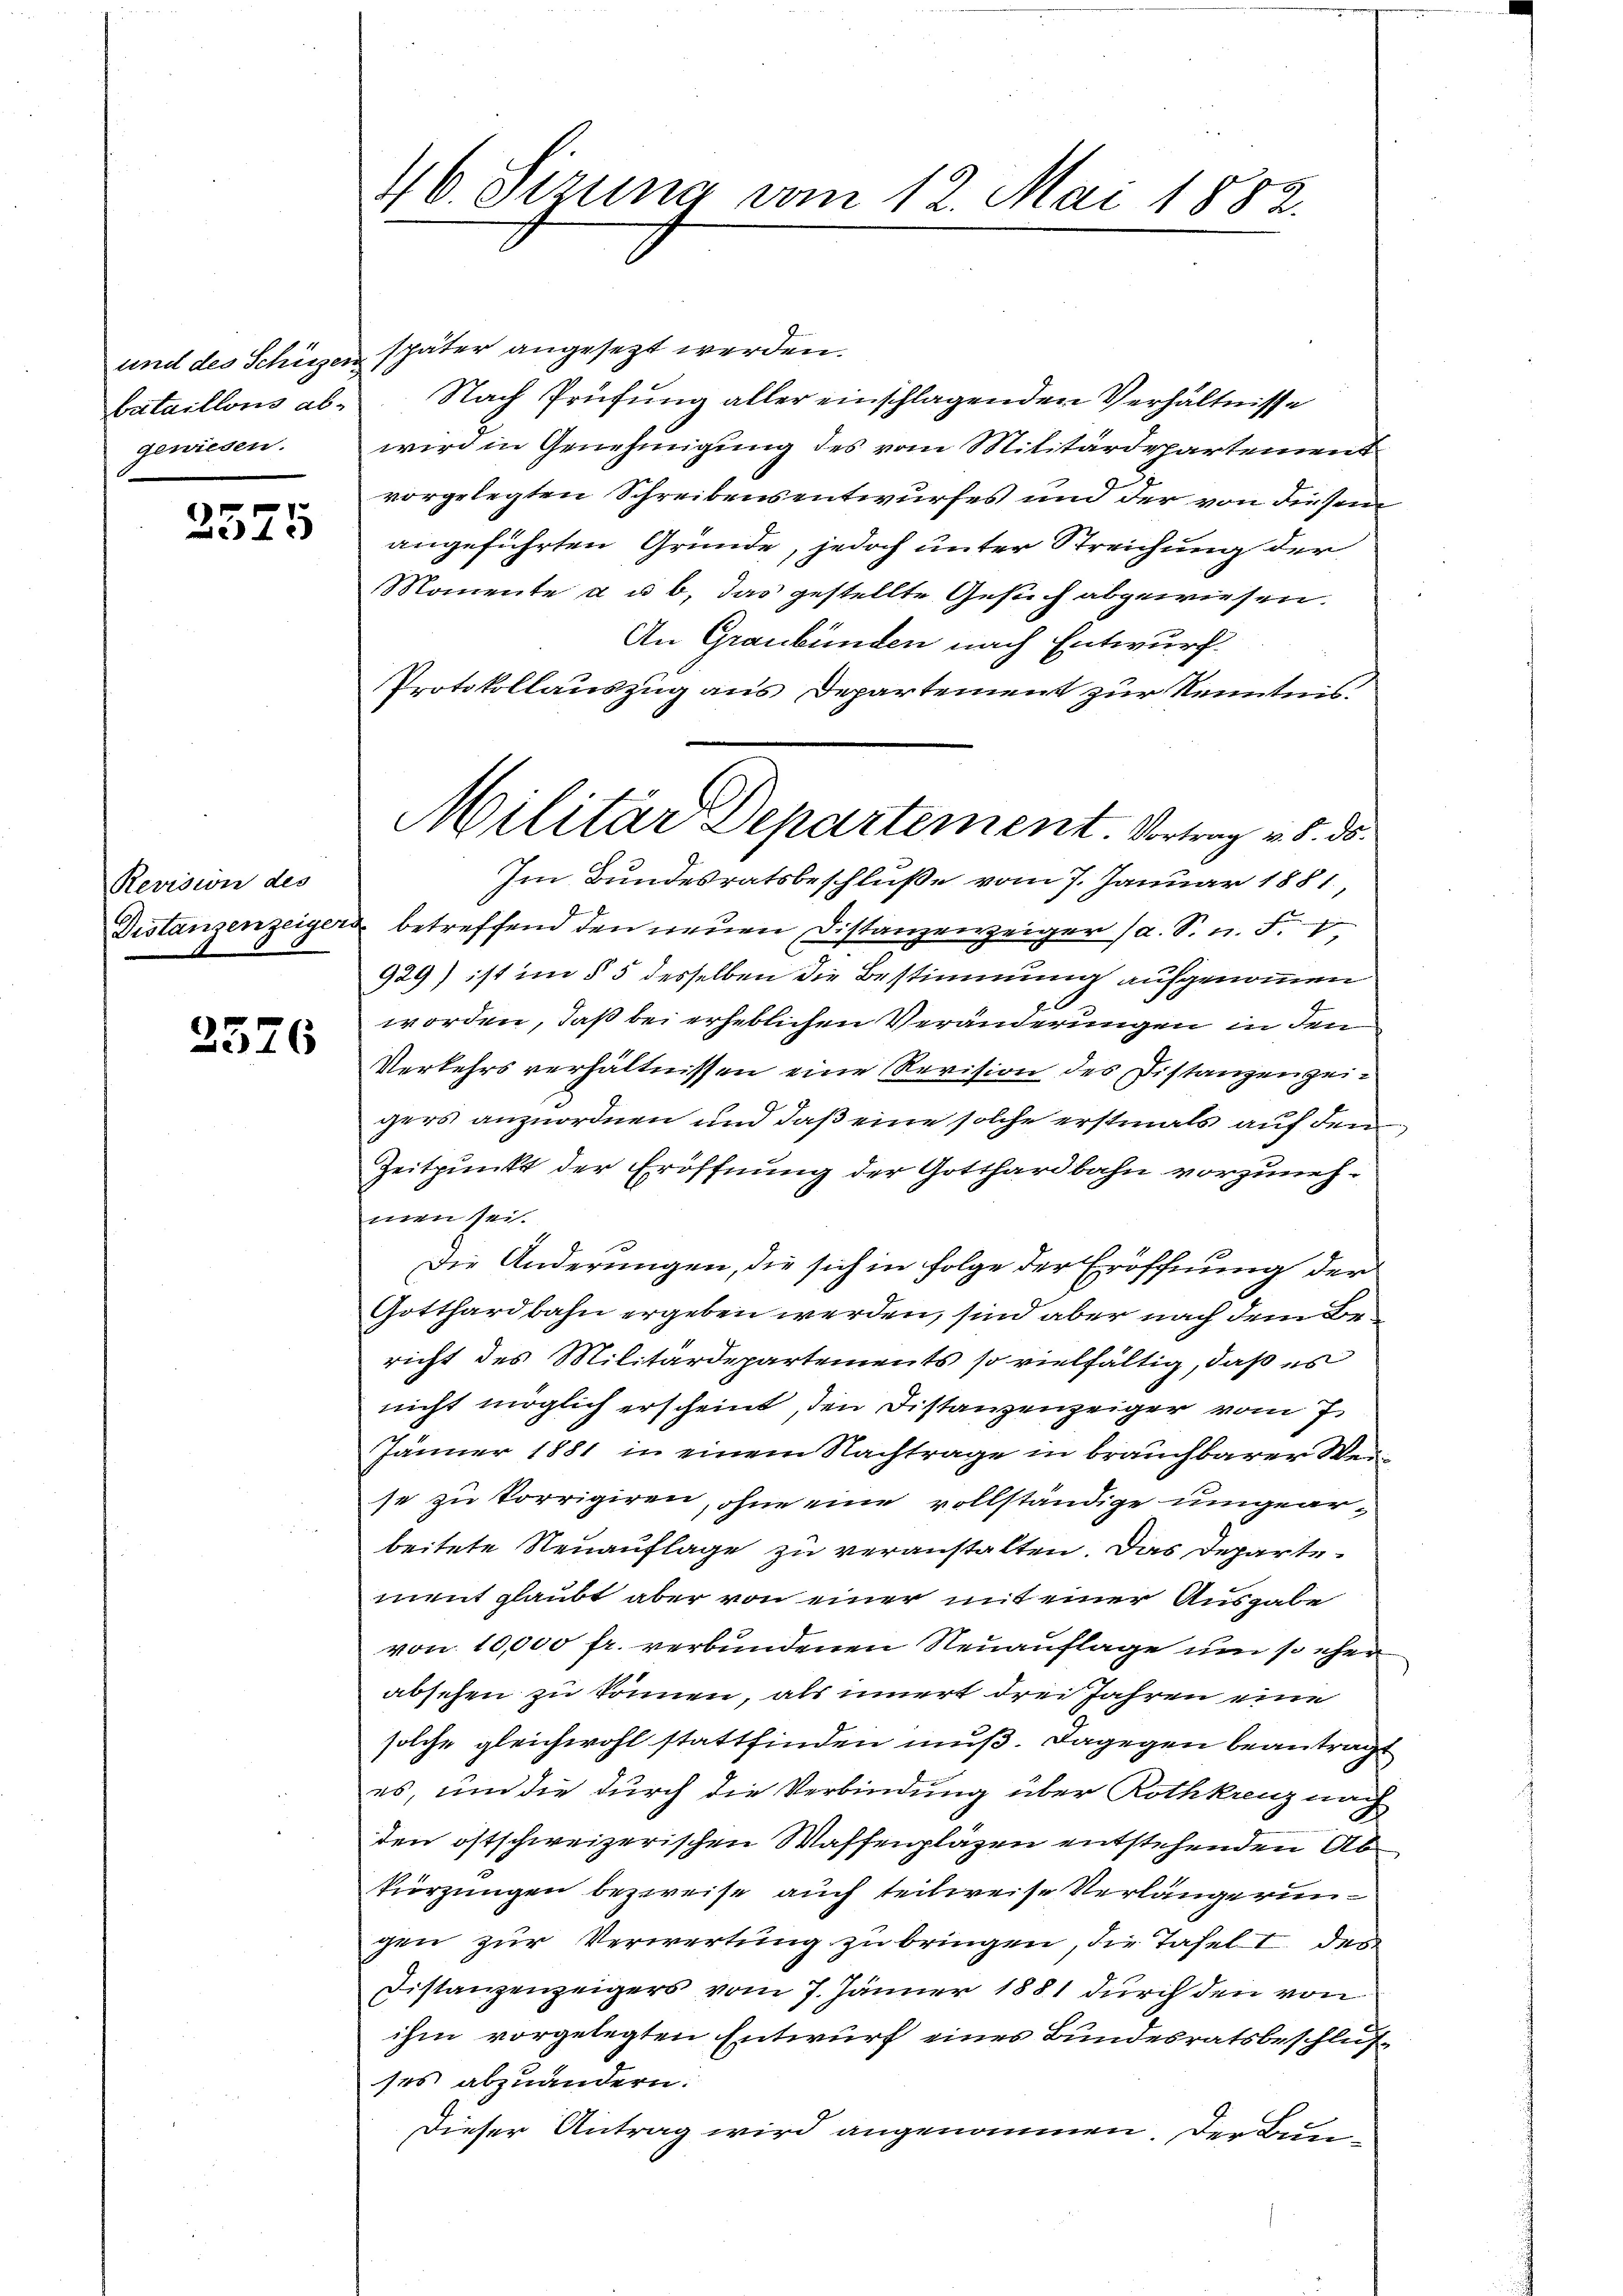
2575

Revision des

2576

46. Sizung vom 12. Mai 1882.

und des Schützen später angesezt werden.
bataillons ab. Nach Prüfung aller einschlagenden Verhältnisse
gewiesen. wird in Genehmigung des vom Militärdepartement
vorgelegten Schreibensentwurfes und der von diesem
angeführten Gründe, jedoch unter Streichung der
Momente a u. b. das gestellte Gesuch abgewiesen.
An Graubünden nach Entwurf.
Protokollauszug aus Departement zur Kenntnis.
Im Bundesratsbeschluße vom 7. Januar 1881,
Distanzenzeiger betreffend den neŭen Distanzenzeiger (a. S. n. F.
929) ist im § 5 desselben die Bestimmung aufgenommen
worden, daß bei erheblichen Veränderungen in den
Verkehrsverhältnissen eine Revision des Distanzen zeigers anzuordnen und daß eine solche erstmals auf den
Zeitpunkt der Eröffnung der Gotthardbahn vorzunehmen sei.
Die Änderungen, die sich in Folge der Eröffnung der
Gotthardbahn ergeben werden, sind aber nach dem Bericht des Militärdepartements so vielfältig, daß es
nicht möglich erscheint, den Distanzenzeiger vom 7.
Jänner 1881 in einem Nachträge in brauchbarer Weise zu korrigiren, ohne eine vollständige umgearbeitete Neuauflage zu veranstalten. Das Departement glaubt aber von einer mit einer Ausgabe
von 10,000 fr. verbundenen Neuauflage um so eher
absehen zu können, als innert drei Jahren eine
solche gleichwohl stattfinden muß. Dagegen beantragt
es, und die durch die Verbindung über Rothkreuz nach
den ostschweizerischen Waffenpläzen entstehenden Ab
kürzungen bezweise auch teilweise Verlängerungen zur Verwertung zu bringen, die Tafel I des
Distanzenzeigers vom 7. Jänner 1881 durch den von
ihm vorgelegten Entwurf eines Bundesratsbeschlusses abzuändern.
Dieser Antrag wird angenommen. Der Bun-

Militär Departement. Vortrag v. 8. ds.